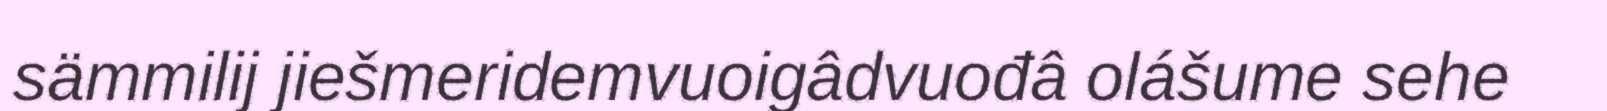
sämmilij jiešmeridemvuoigâdvuođâ olášume sehe